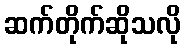
ဆက်တိုက်ဆိုသလို